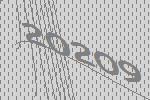
20209